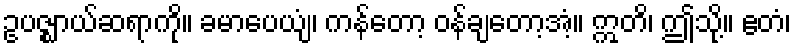
ဥပဇ္ဈာယ်ဆရာကို။ ခမာပေယျံ၊ ကန်တော့ ဝန်ချတော့အံ့။ ဣတိ၊ ဤသို့။ ဧတံ၊